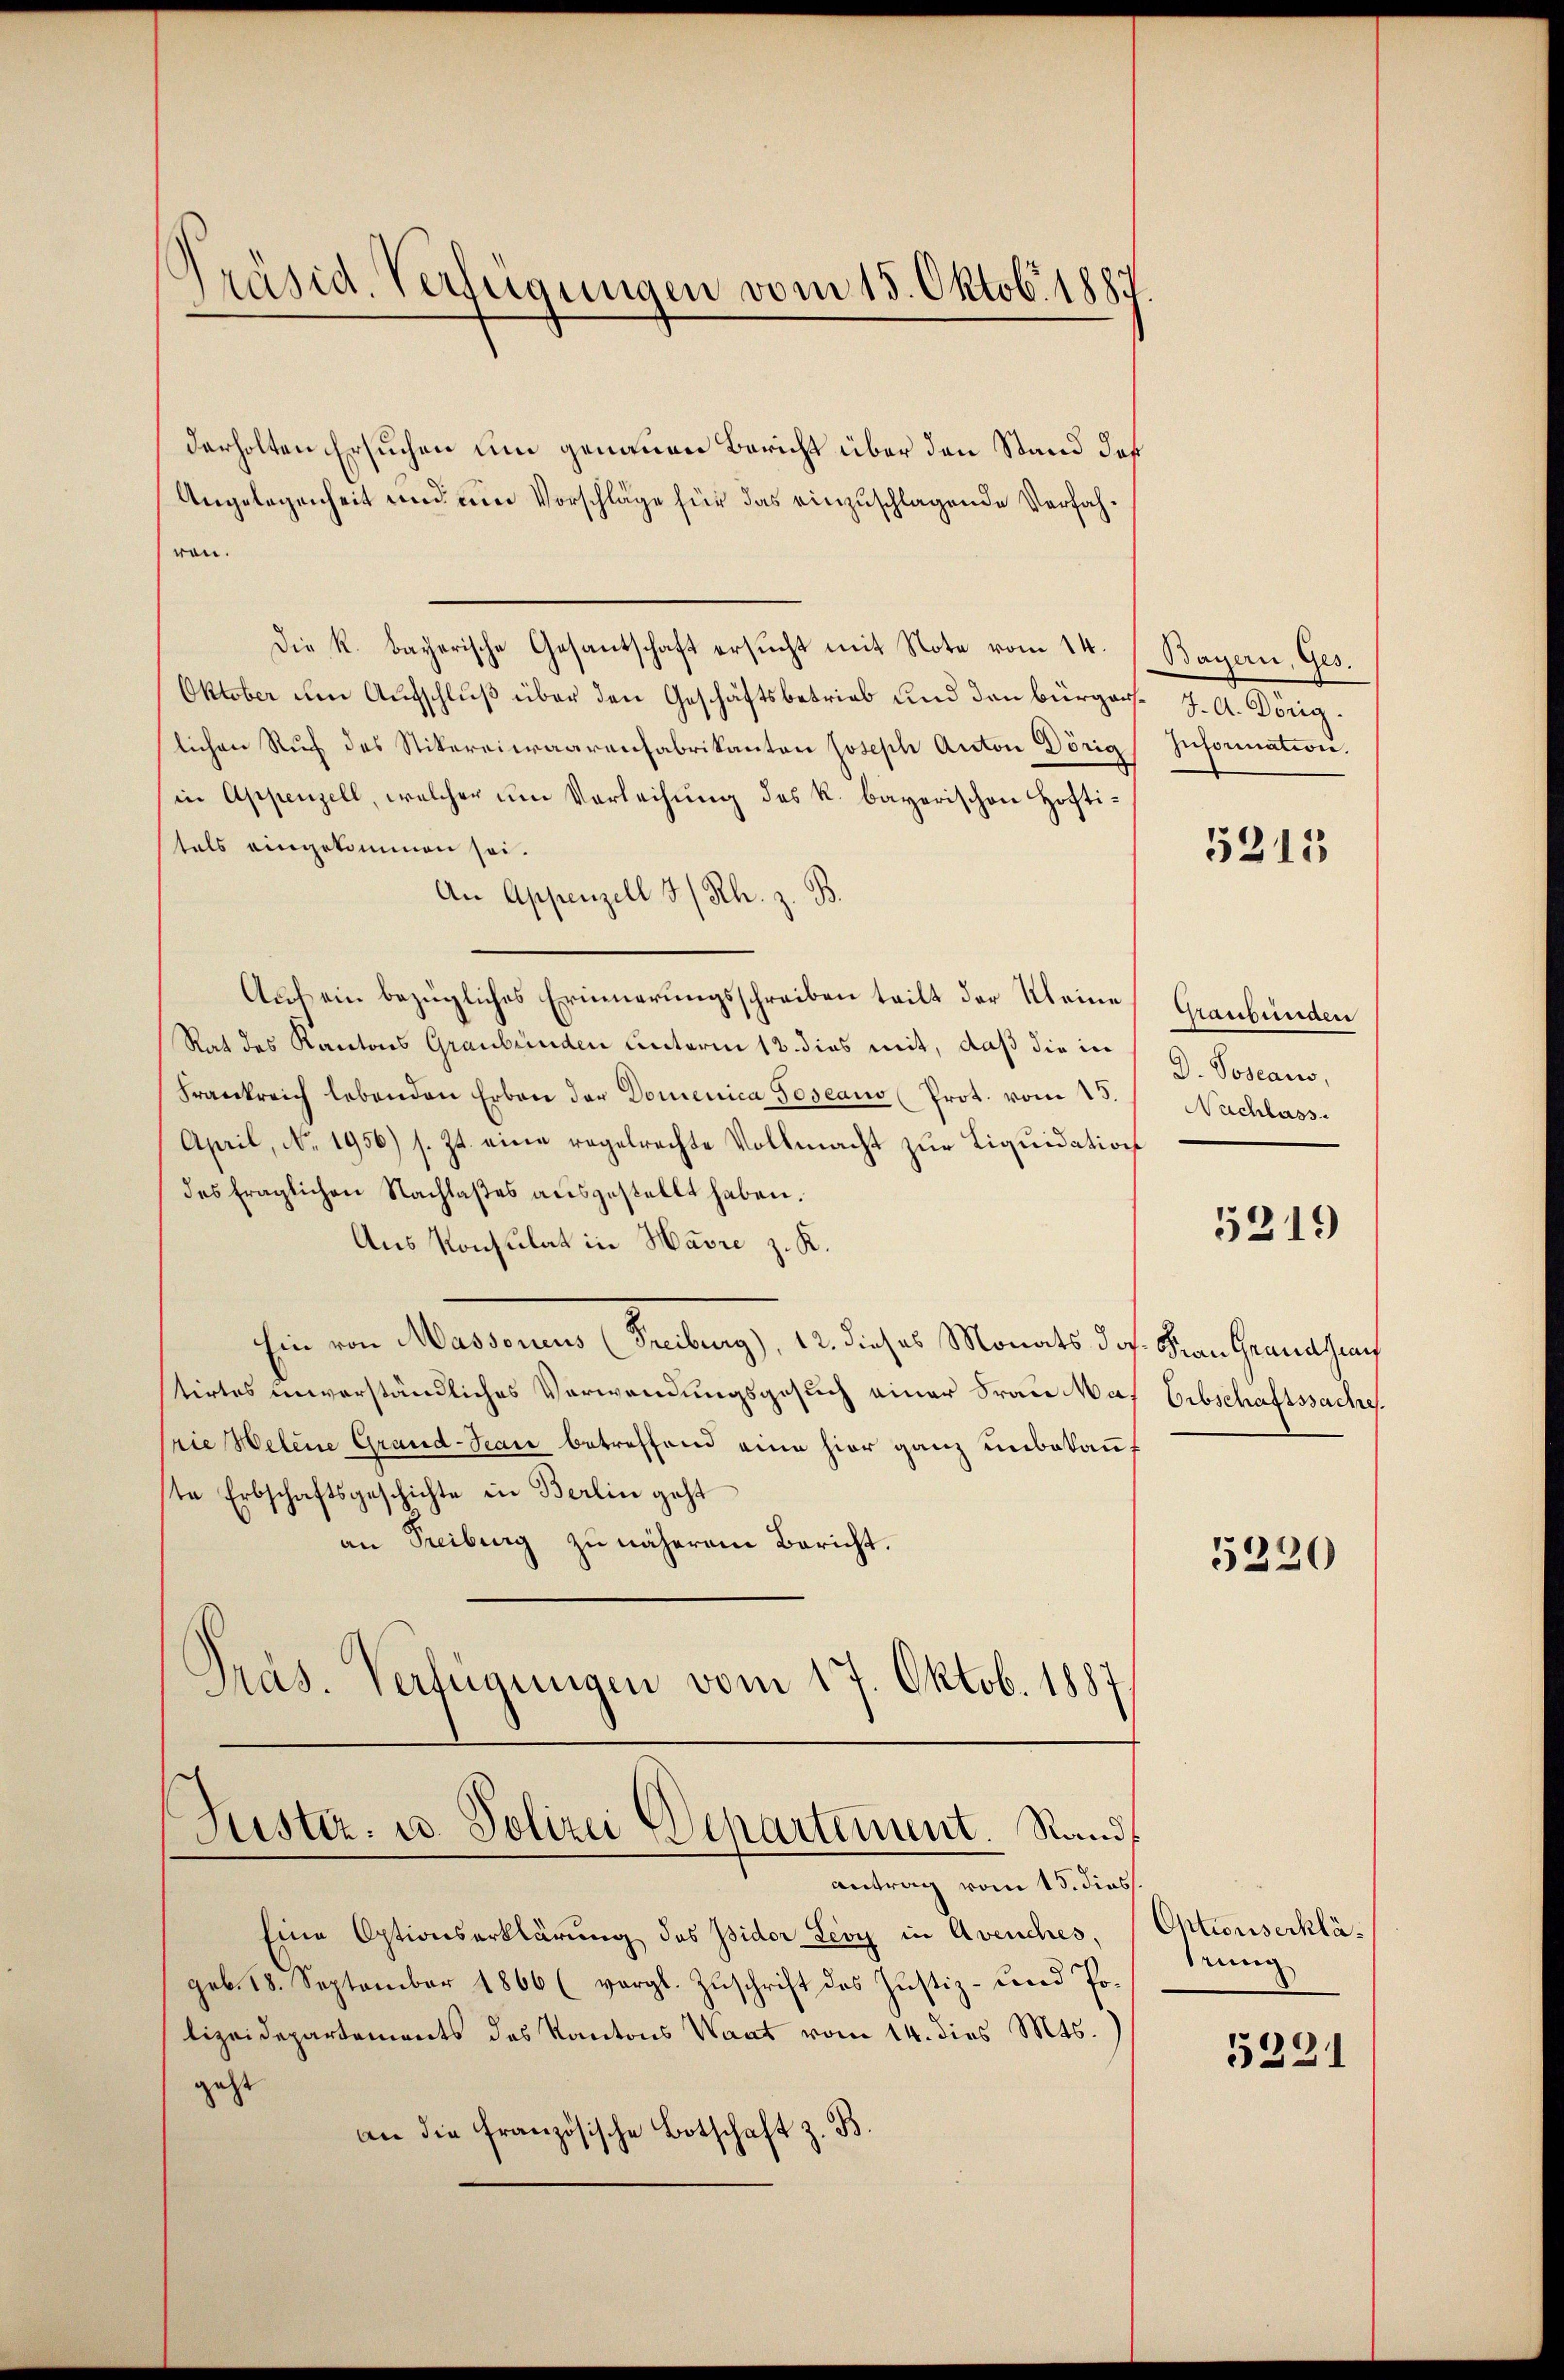
derholten Ersuchen um genauen Bericht über den Stand das
Angelegenheit und um Vorschläge für das einzuschlagende Verfahren.
Die k. bayerische Gesantschaft ersucht mit Note vom 14. / Bayern, Ges.
Oktober um Aufschluß über den Geschäftsbetrieb und den bürger J. A. Döriglichen Ruf des Stikereiwaarenfabrikanton Joseph Anton Dörig
in Appenzell, welcher um Verleihung des k. bayerischen Hoftitals eingekommen sei.
An Appenzell I/Rh. z. B.
Auf ein bezügliches Erinnerungsschreiben teilt der Kleine
Rat des Kantons Graubünden unterm 12. dies mit, daß die in
Frankreich lebenden Erben der Domenica Joseau (Prot. vom 15.
April, No. 1956) s. Zt. eine regelrechte Vollmacht zur Liquidation
des fraglichen Nachlaßes ausgestellt haben.
Aus Konsulat in Havre z. K.
hin von Masseruns (Freiburg), 12. dieses Monats dos. Fian Hernahme
tirtes unverständliches Verwendungsgesuch einer Frau Mas Erbschaftssache.
rie Helene Grand-Jean betreffend eine hier ganz unbekannste Erbschaftsgeschichte in Berlin geht
an Treiburg zu näherem Bericht.
Präs. Verfügungen vom 17. Oktob. 1887

Präsid. Verfügungen vom 15. Oktob. 1887

Justiz- u. Polizei Departement. Randantrag vom 15. dies

Eine Optionserklärung des Wider Levy in Avenches,
geb. 18. September 1866 (vergl. Zŭschrift des Justiz- und Polizeidepartements des Kantons Waat vom 14. dies Mts.
geht
an die französische Botschaft z. B.

Infornation.

5215

Haubünden
D. Joseaus,
Nachlass.

5219

5320

Optionserklädrung

5221